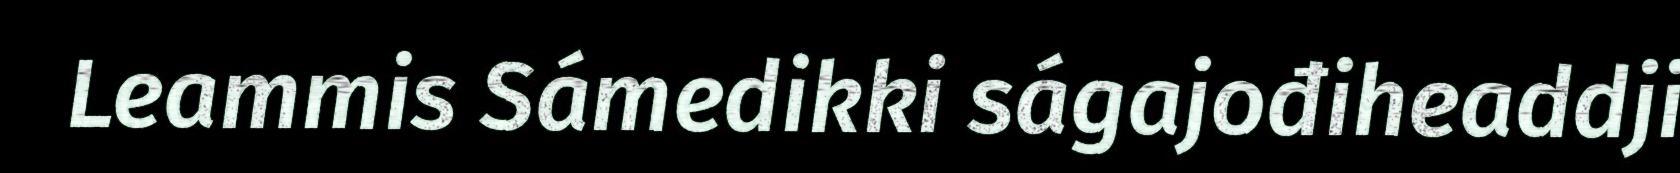
Leammis Sámedikki ságajođiheaddji